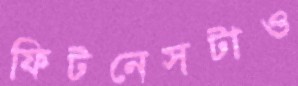
ফিটনেসটাও